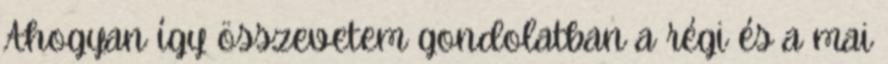
Ahogyan így összevetem gondolatban a régi és a mai